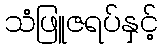
သံဖြူဇရပ်နှင့်